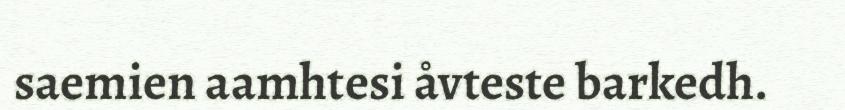
saemien aamhtesi åvteste barkedh.